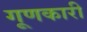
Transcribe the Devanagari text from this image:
गूणकारी